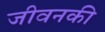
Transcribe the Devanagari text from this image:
जीवनकी